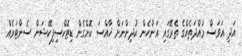
އަދި އަވަސް މުއްދަތެއްގެ ތެރޭގައި އަންހެން ކުދިންނަށް ޚާއްސަ ކޮށްގެން ޑިޓޮކްސިފިކޭޝަން ސެންޓަރެއް